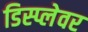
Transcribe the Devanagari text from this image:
डिस्प्लेवर